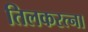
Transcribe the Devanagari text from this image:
तिलकरत्ना